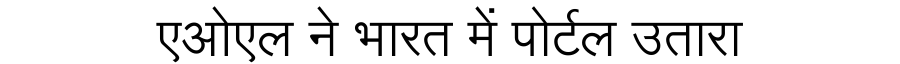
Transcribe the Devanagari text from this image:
एओएल ने भारत में पोर्टल उतारा